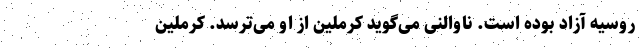
روسیه آزاد بوده است. ناوالنی می‌گوید کرملین از او می‌ترسد. کرملین